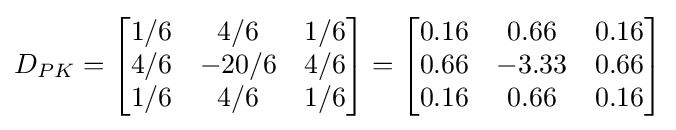
D_{PK}={\begin{bmatrix}1/6&4/6&1/6\\4/6&-20/6&4/6\\1/6&4/6&1/6\end{bmatrix}}={\begin{bmatrix}0.16&0.66&0.16\\0.66&-3.33&0.66\\0.16&0.66&0.16\end{bmatrix}}